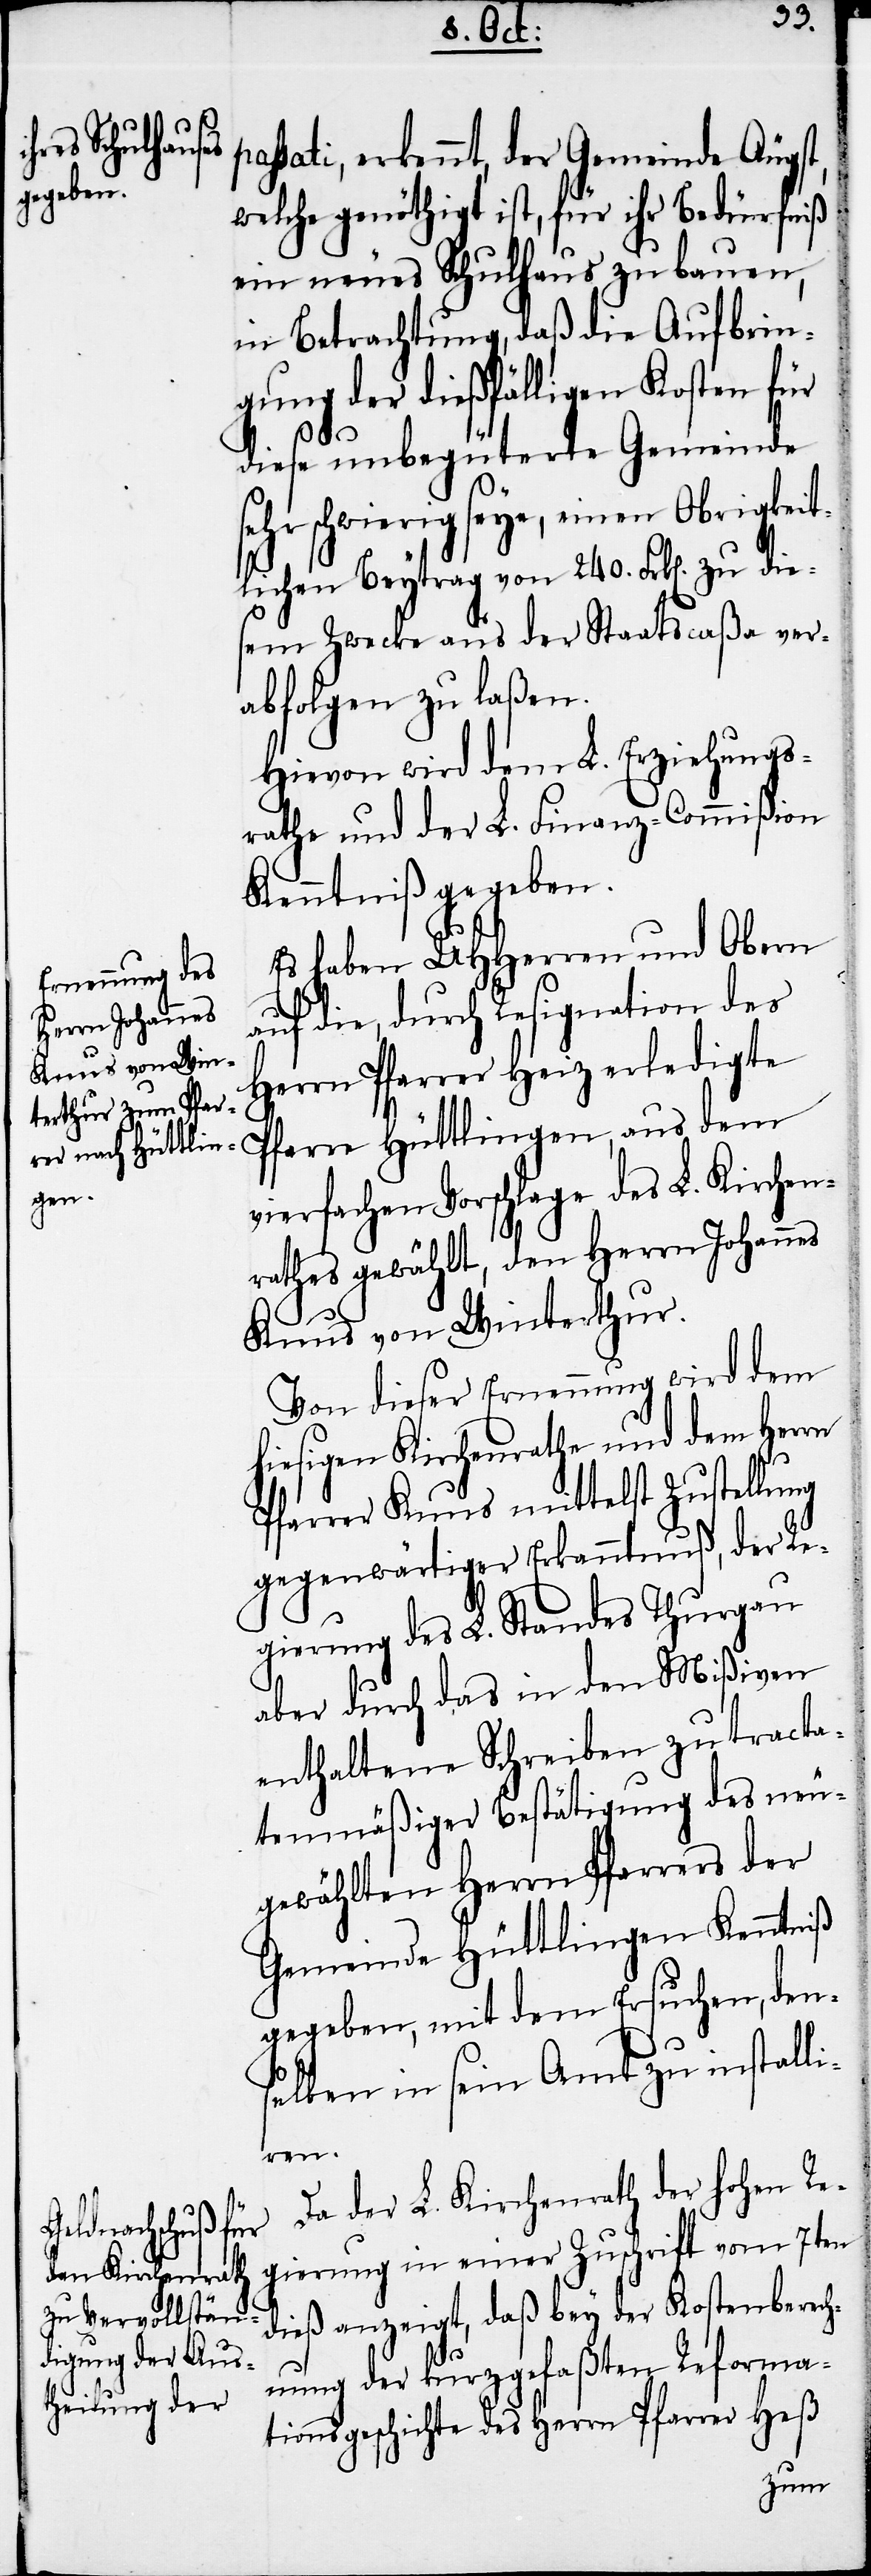
assati, erkennt, der Gemeinde Äugst,
welche genöthigt ist, für ihr Bedürfniß
ein neues Schulhaus zu bauen,
in Betrachtung, daß die Aufbrin¬
gung der dießfälligen Kosten für
diese unbegüterte Gemeinde
sehr schwierig seye, einen Obrigkeit¬
lichen Beytrag von 240. Frk[en]. zu die¬
sem Zwecke aus der Staatscaßa ver¬
abfolgen zu laßen.
Hievon wird dem L. Erziehungs¬
rathe und der L. Finanz-Commißion
Kenntniß gegeben.
Es haben UHHerren und Obern
p¬
auf die, durch Resignation des
Herrn Pfarrer Heiz erledigte
Pfarre Hüttlingen, aus dem
vierfachen Vorschlage des L. Kirchen¬
rathes gewählt, den Herrn Johannes
Knus von Winterthur.
Von dieser Ernennung wird dem
hiesigen Kirchenrathe und dem Herrn
Pfarrer Knus mittelst Zustellung
gegenwärtiger Erkanntnuß, der Re¬
gierung des L. Standes Thurgau
aber durch das in den Mißiven
enthaltene Schreiben zu tracta¬
tenmäßiger Bestätigung des neu¬
gewählten Herrn Pfarrers der
Gemeinde Hüttlingen Kenntniß
gegeben, mit dem Ersuchen, den¬
selben in sein Amt zu installi¬
ren.
Da der L. Kirchenrath der hohen Re¬
gierung in einer Zuschrift vom 7ten
dieß anzeigt, daß bey der Kostenberech¬
nung der kurzgefaßten Reforma¬
tionsgeschichte des Herrn Pfarrer Heß